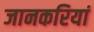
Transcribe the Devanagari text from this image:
जानकरियां